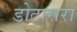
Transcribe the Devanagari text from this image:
डोटासरा